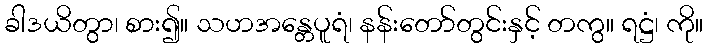
ခါဒယိတွာ၊ စား၍။ သဟအန္တေပူရံ၊ နန်းတော်တွင်းနှင့် တကွ။ ရဋ္ဌံ၊ ကို။